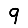
Digit: 9